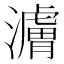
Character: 𬉜